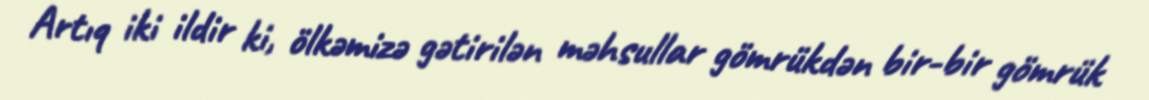
Artıq iki ildir ki, ölkəmizə gətirilən məhsullar gömrükdən bir-bir gömrük